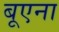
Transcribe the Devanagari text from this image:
बूएना